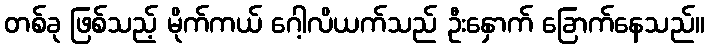
တစ်ခု ဖြစ်သည့် မိုက်ကယ် ဂေါ့လိယက်သည် ဦးနှောက် ခြောက်နေသည်။